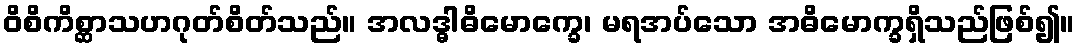
ဝိစိကိစ္ဆာသဟဂုတ်စိတ်သည်။ အလဒ္ဓါဓိမောက္ခေ၊ မရအပ်သော အဓိမောက္ခရှိသည်ဖြစ်၍။